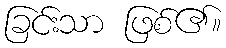
ခြင်းသာ ဖြစ်၏။